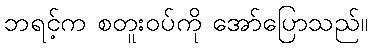
ဘရင့်က စတူးဝပ်ကို အော်ပြောသည်။